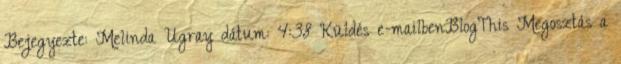
Bejegyezte: Melinda Ugray dátum: 4:38 Küldés e-mailbenBlogThis Megosztás a